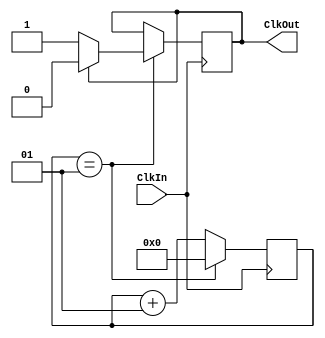
`timescale 1ns / 1ps
//////////////////////////////////////////////////////////////////////////////////
// Company: 
// Engineer: 
// 
// Design Name: 
// Module Name: FreqDivide
// Project Name: 
// Target Devices: 
// Tool Versions: 
// Description: 
// 
// Dependencies: 
// 
// Revision:
// Revision 0.01 - File Created
// Additional Comments:
// 
//////////////////////////////////////////////////////////////////////////////////
module FreqDivide(ClkIn, ClkOut);
   input   ClkIn;
   output  ClkOut;
   reg    ClkOut;
    integer Cnt,SetCount;
     initial begin Cnt=0; SetCount=1;end
   always @(posedge ClkIn)
   
      begin
         if (Cnt == SetCount)
         begin
            if (ClkOut == 1'b0)
               ClkOut <= 1'b1;
            else
               ClkOut <= 1'b0;
            Cnt = 0;
         end
         else
            Cnt = Cnt + 1;
      end
    
endmodule